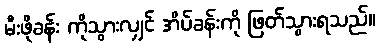
မီးဖိုခန်း ကိုသွားလျှင် အိပ်ခန်းကို ဖြတ်သွားရသည်။